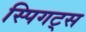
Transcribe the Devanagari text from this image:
स्पिगट्स